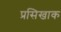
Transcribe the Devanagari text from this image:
प्रसिखाक